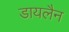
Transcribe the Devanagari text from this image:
डायलैन